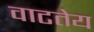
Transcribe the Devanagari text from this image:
वाटतेय